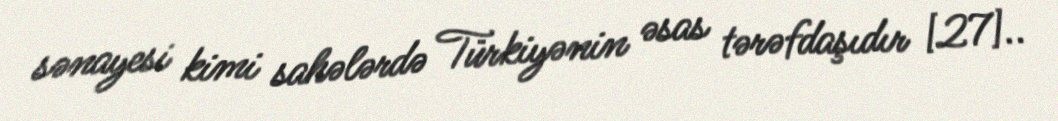
sənayesi kimi sahələrdə Türkiyənin əsas tərəfdaşıdır [27]..